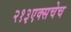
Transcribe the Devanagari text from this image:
२१३एक्सचेच